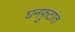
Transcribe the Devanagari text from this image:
घनफुटांत